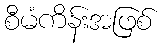
စီမံကိန်းအဖြစ်